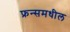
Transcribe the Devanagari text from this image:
फ्रन्समधील